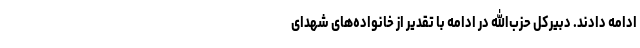
ادامه دادند. دبیرکل حزب‌الله در ادامه با تقدیر از خانواده‌های شهدای